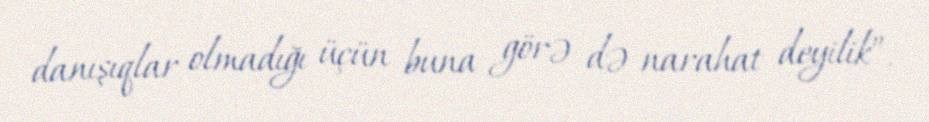
danışıqlar olmadığı üçün buna görə də narahat deyilik”.